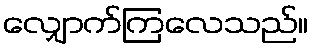
လျှောက်ကြလေသည်။